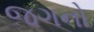
જગનો